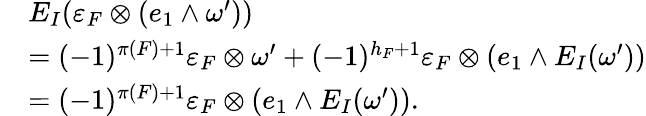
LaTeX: \begin{array}{rl}&{E_{I}(\varepsilon_{F}\otimes(e_{1}\wedge\omega^{\prime}))}\\ &{=(-1)^{\pi(F)+1}\varepsilon_{F}\otimes\omega^{\prime}+(-1)^{h_{F}+1}\varepsilon_{F}\otimes(e_{1}\wedge E_{I}(\omega^{\prime}))}\\ &{=(-1)^{\pi(F)+1}\varepsilon_{F}\otimes(e_{1}\wedge E_{I}(\omega^{\prime})).}\end{array}